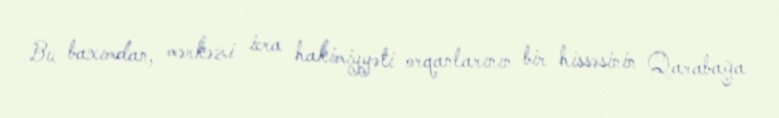
Bu baxımdan, mərkəzi icra hakimiyyəti orqanlarının bir hissəsinin Qarabağa